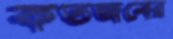
কতজনের